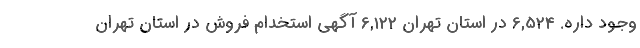
وجود داره. 6,524 در استان تهران 6,122 آگهی استخدام فروش در استان تهران